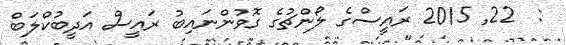
:  22